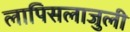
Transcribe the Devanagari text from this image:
लापिसलाजुली